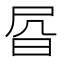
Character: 𰕾